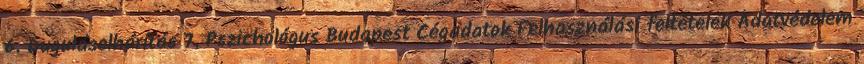
6. Duguláselhárítás 7. Pszichológus Budapest Cégadatok Felhasználási feltételek Adatvédelem